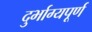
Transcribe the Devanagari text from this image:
दुर्भाग्‍यपूर्ण